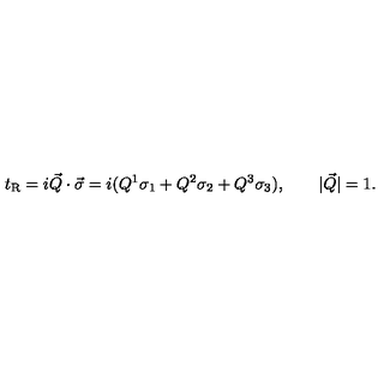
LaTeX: t _ { \mathrm { R } } = i \vec { Q } \cdot \vec { \sigma } = i ( Q ^ { 1 } \sigma _ { 1 } + Q ^ { 2 } \sigma _ { 2 } + Q ^ { 3 } \sigma _ { 3 } ) , \qquad | \vec { Q } | = 1 .